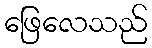
ဖြေလေသည်